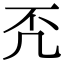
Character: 𠘶